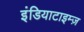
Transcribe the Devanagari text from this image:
इंडियाटाइम्‍ज़